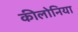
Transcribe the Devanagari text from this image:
कीलोनिया